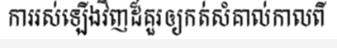
ការរស់ឡើងវិញដ៏គួរឲ្យកត់សំគាល់កាលពី